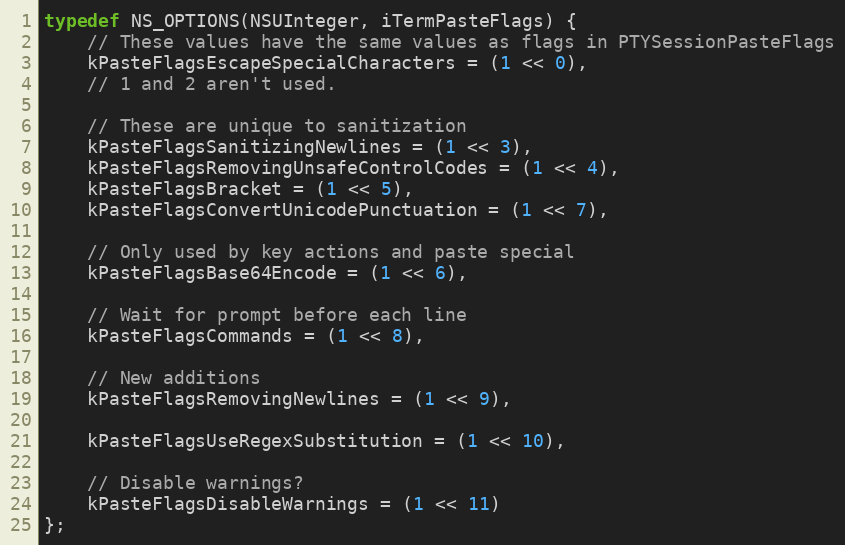
Language: C
typedef NS_OPTIONS(NSUInteger, iTermPasteFlags) {
    // These values have the same values as flags in PTYSessionPasteFlags
    kPasteFlagsEscapeSpecialCharacters = (1 << 0),
    // 1 and 2 aren't used.

    // These are unique to sanitization
    kPasteFlagsSanitizingNewlines = (1 << 3),
    kPasteFlagsRemovingUnsafeControlCodes = (1 << 4),
    kPasteFlagsBracket = (1 << 5),
    kPasteFlagsConvertUnicodePunctuation = (1 << 7),

    // Only used by key actions and paste special
    kPasteFlagsBase64Encode = (1 << 6),

    // Wait for prompt before each line
    kPasteFlagsCommands = (1 << 8),

    // New additions
    kPasteFlagsRemovingNewlines = (1 << 9),

    kPasteFlagsUseRegexSubstitution = (1 << 10),

    // Disable warnings?
    kPasteFlagsDisableWarnings = (1 << 11)
};